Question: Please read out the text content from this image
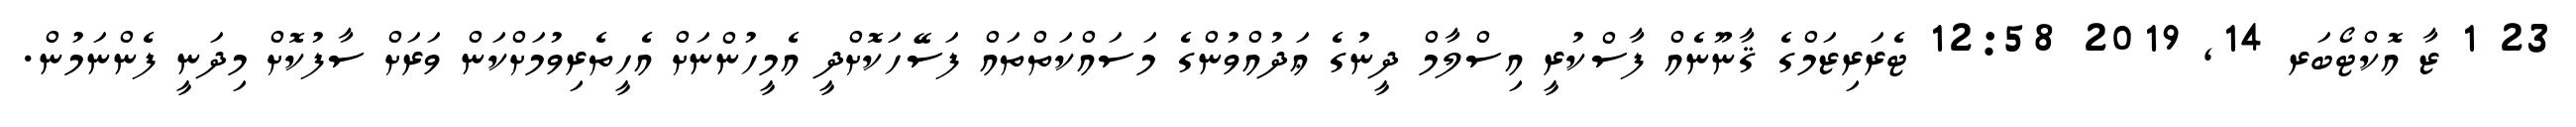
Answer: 23 1 ޒާ އޮކްޓޯބަރ 14, 2019 12:58 ޓެރަރިޒަމްގެ ޤާނޫނެއް ފާސްކުރީ އިސްލާމް ދީނުގެ ޢަދުއްވުންގެ މަސައްކަތްތައް ފަސޭހަކޮށްދީ އެމީހުންނަށް އެހީތެރިވުމަށްކަން ވަރަށް ސާފުކޮށް މިދަނީ ފެންނަމުން.